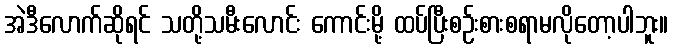
အဲဒီလောက်ဆိုရင် သတို့သမီးလောင်း ကောင်းမို့ ထပ်ပြီးစဉ်းစားစရာမလိုတော့ပါဘူး။